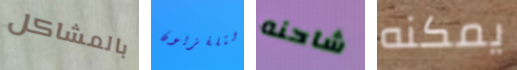
بالمشاكل التلفزيون شاحنه يمكنه